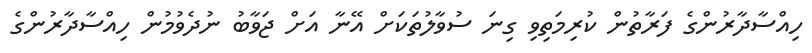
ހިއްސާދާރުންގެ ފަރާތުން ކުރިމަތިވި ގިނަ ސުވާލުތަކަށް އޭނާ އަށް ޖަވާބު ނުދެވުމުން ހިއްސާދާރުންގެ